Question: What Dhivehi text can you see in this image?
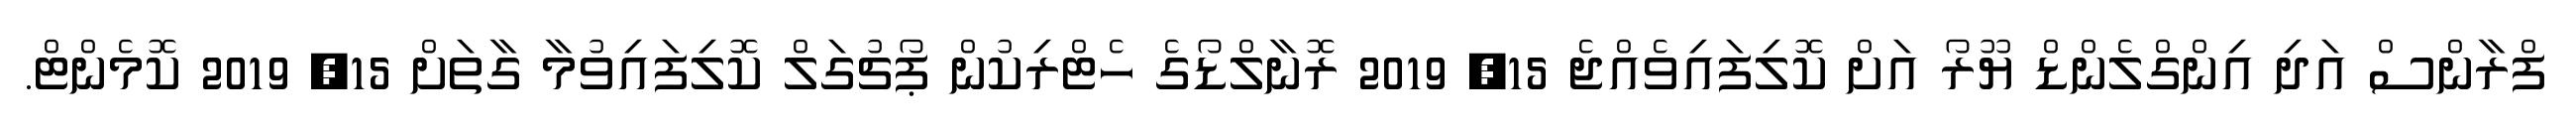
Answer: ފްރާންސް އަދި އިންގްލެންޑް ޔޫރޯ އަށް ކޮލިފައިވެއްޖެ 15, 2019 ރޮނާލްޑޯގެ ހެޓްރިކުން ޕޯޗުގަލް ކޮލިފައިވުމާ ގާތަށް 15, 2019 ކޮމެންޓް.